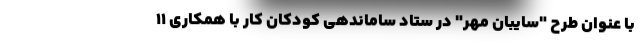
با عنوان طرح "سایبان مهر" در ستاد ساماندهی کودکان کار با همکاری ۱۱